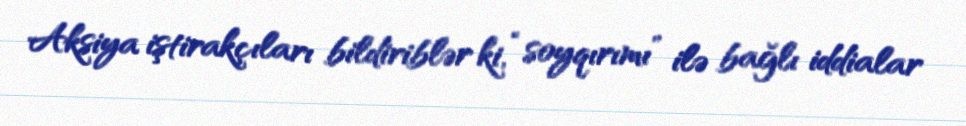
Aksiya iştirakçıları bildiriblər ki, “soyqırımı” ilə bağlı iddialar